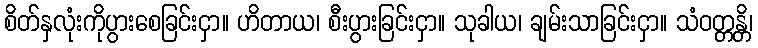
စိတ်နှလုံးကိုပွားစေခြင်းငှာ။ ဟိတာယ၊ စီးပွားခြင်းငှာ။ သုခါယ၊ ချမ်းသာခြင်းငှာ။ သံဝတ္တန္တိ၊